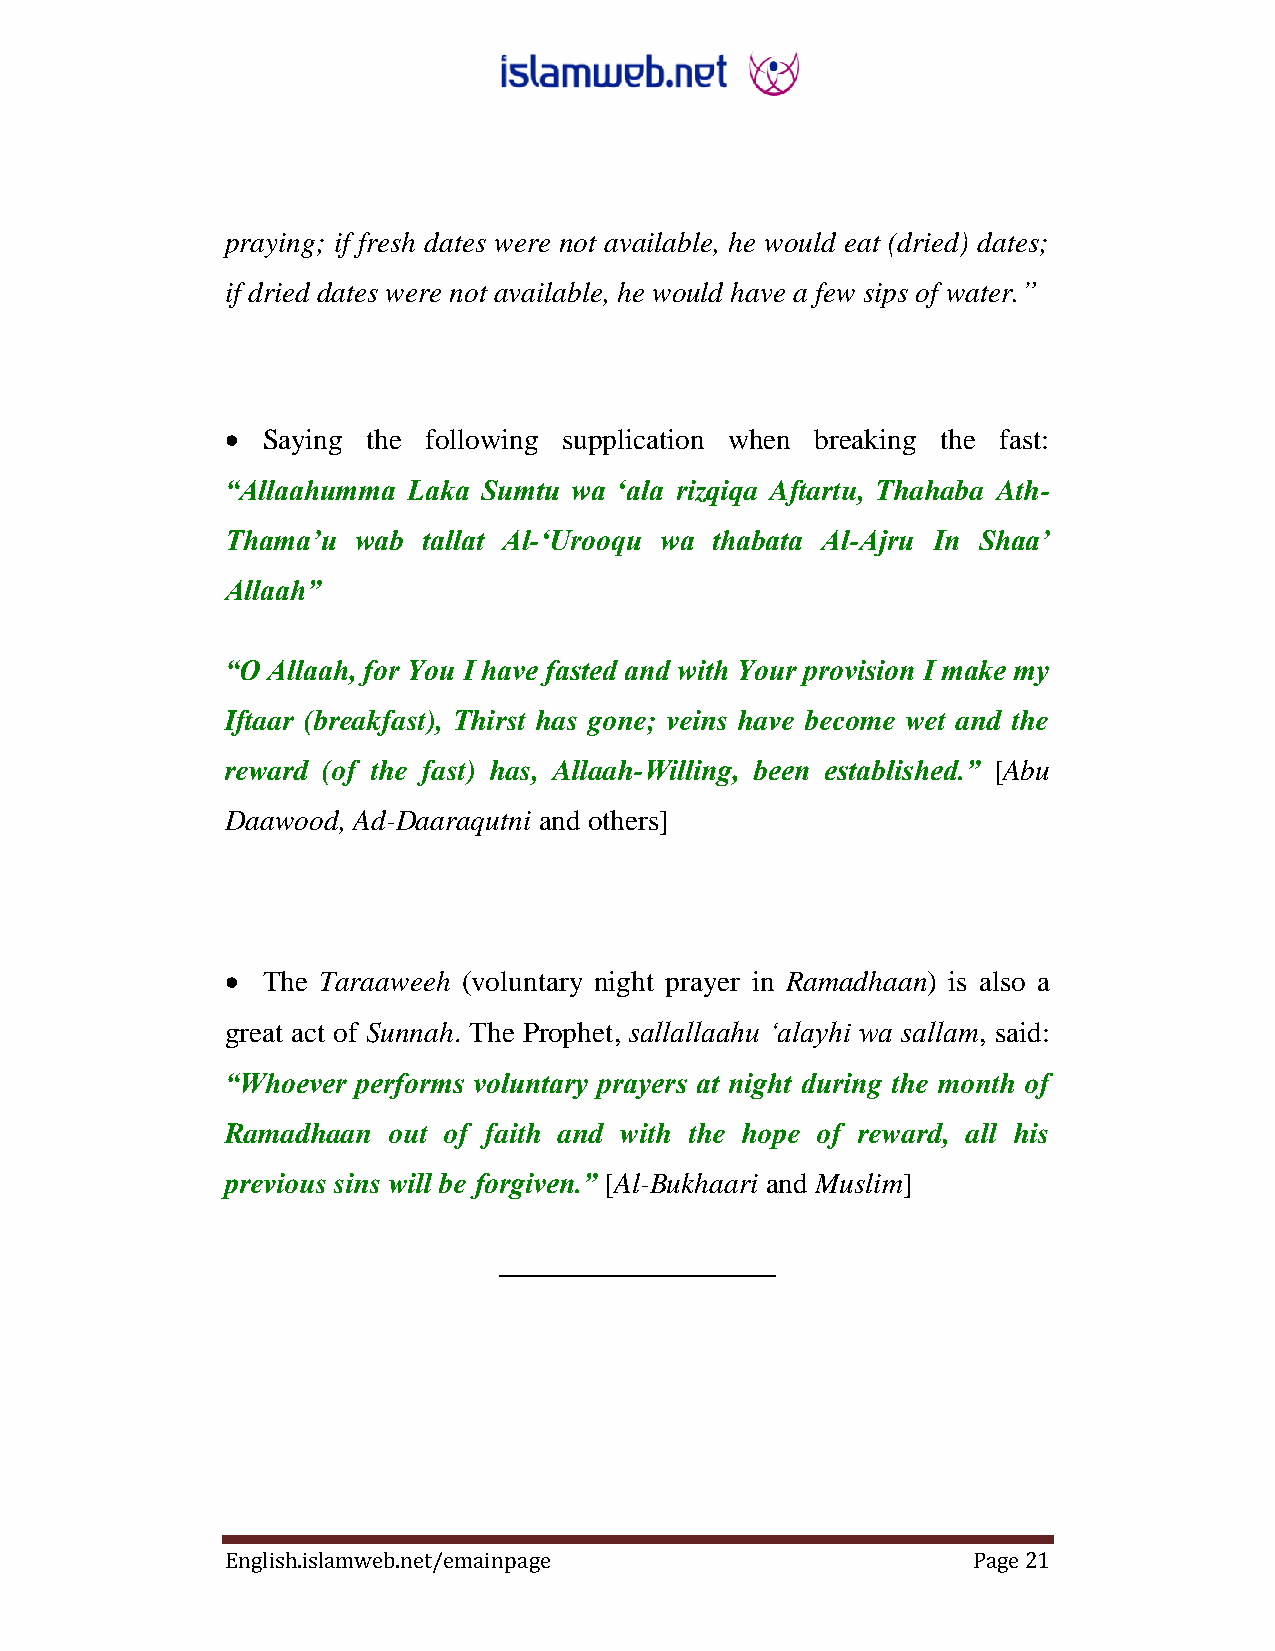
praying; if fresh dates were not available, he would eat (dried) dates;
 if dried dates were not available, he would have a few sips of water.”
  Saying the following supplication when breaking the fast:
 “Allaahumma Laka Sumtu wa „ala rizqiqa Aftartu, Thahaba Ath-
 Thama‟u  wab tallat Al-„Urooqu wa thabata Al-Ajru In Shaa‟
 Allaah”
 “O Allaah, for You I have fasted and with Your provision I make my
 Iftaar (breakfast), Thirst has gone; veins have become wet and the
 reward (of the fast) has, Allaah-Willing, been established.” [Abu
 Daawood, Ad-Daaraqutni and others]
  The Taraaweeh (voluntary night prayer in Ramadhaan) is also a
 great act of Sunnah. The Prophet, sallallaahu „alayhi wa sallam, said:
 “Whoever performs voluntary prayers at night during the month of
 ‎Ramadhaan out of faith and with the hope of reward, all his
 ‎previous sins will be ‎forgiven.” [Al-Bukhaari and Muslim]
 ___________________
 English.islamweb.net/emainpage                   Page 21